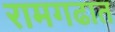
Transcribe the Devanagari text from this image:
रामगढात